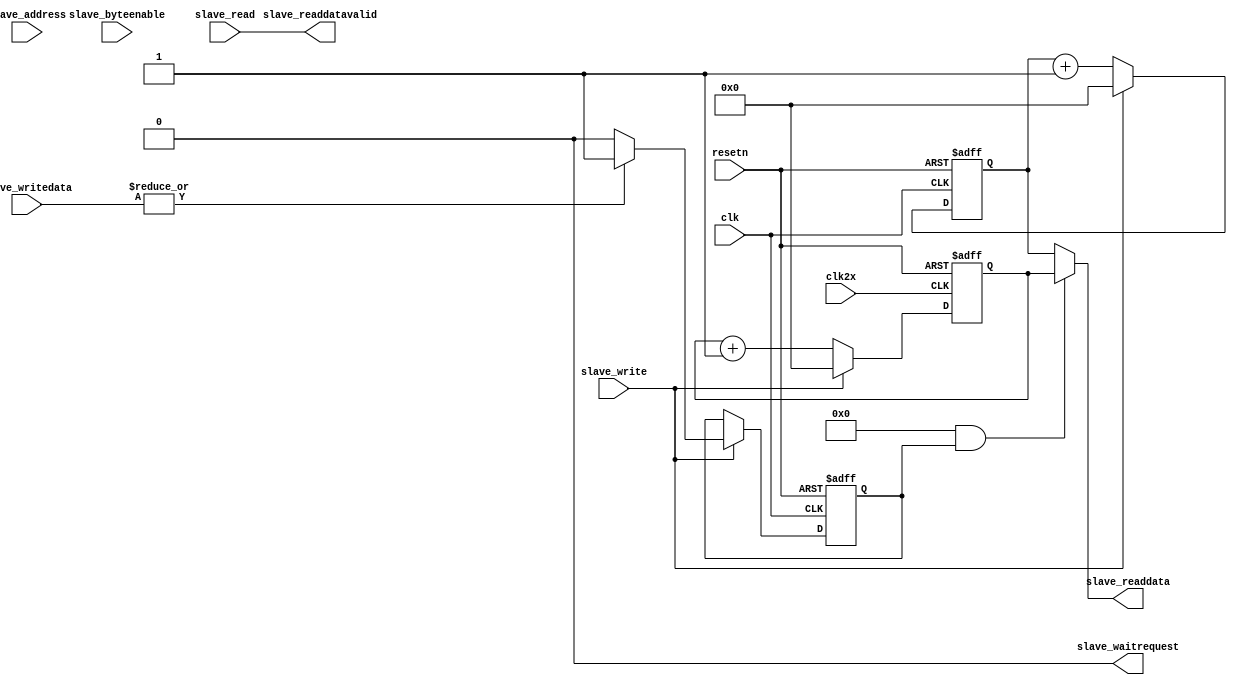
module timer #
(
    parameter WIDTH = 64,
    parameter USE_2XCLK = 0,
    parameter S_WIDTH_A = 2
)
(
    input clk,
    input clk2x,
    input resetn,

    // Slave port
    input [S_WIDTH_A-1:0] slave_address,  // Word address
    input [WIDTH-1:0] slave_writedata,
    input slave_read,
    input slave_write,
    input [WIDTH/8-1:0] slave_byteenable,
    output slave_waitrequest,
    output [WIDTH-1:0] slave_readdata,
    output slave_readdatavalid
);

reg [WIDTH-1:0] counter;
reg [WIDTH-1:0] counter2x;

reg clock_sel;

always@(posedge clk or negedge resetn)
  if (!resetn)
    clock_sel <= 1'b0;
  else if (slave_write)
    if (|slave_writedata)
      clock_sel <= 1'b1;
    else
      clock_sel <= 1'b0;

always@(posedge clk or negedge resetn)
  if (!resetn)
    counter <= {WIDTH{1'b0}};
  else if (slave_write)
    counter <= {WIDTH{1'b0}};
  else
    counter <= counter + 2'b01;

always@(posedge clk2x or negedge resetn)
  if (!resetn)
    counter2x <= {WIDTH{1'b0}};
  else if (slave_write)
    counter2x <= {WIDTH{1'b0}};
  else
    counter2x <= counter2x + 2'b01;

assign slave_waitrequest = 1'b0;
assign slave_readdata = (USE_2XCLK && clock_sel) ? counter2x : counter;
assign slave_readdatavalid = slave_read;

endmodule